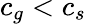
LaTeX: c_{g}<c_{s}